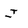
Character: J